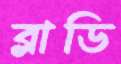
ব্লাডি